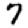
Digit: 7